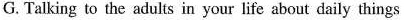
G.Talking to the adults in your life about daily things